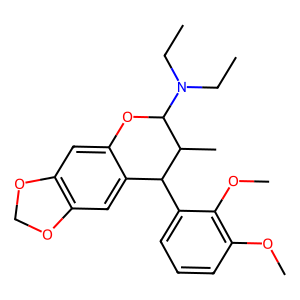
SMILES: CCN(CC)C1Oc2cc3c(cc2C(c2cccc(OC)c2OC)C1C)OCO3
Inhibits HIV replication: No